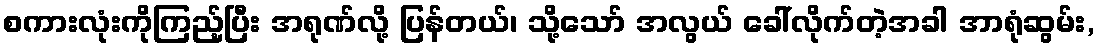
စကားလုံးကိုကြည့်ပြီး အရုဏ်လို့ ပြန်တယ်၊ သို့သော် အလွယ် ခေါ်လိုက်တဲ့အခါ အာရုံဆွမ်း,